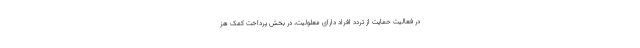
در فعالیت حمایت از تردد افراد دارای معلولیت، در بخش پرداخت کمک هز